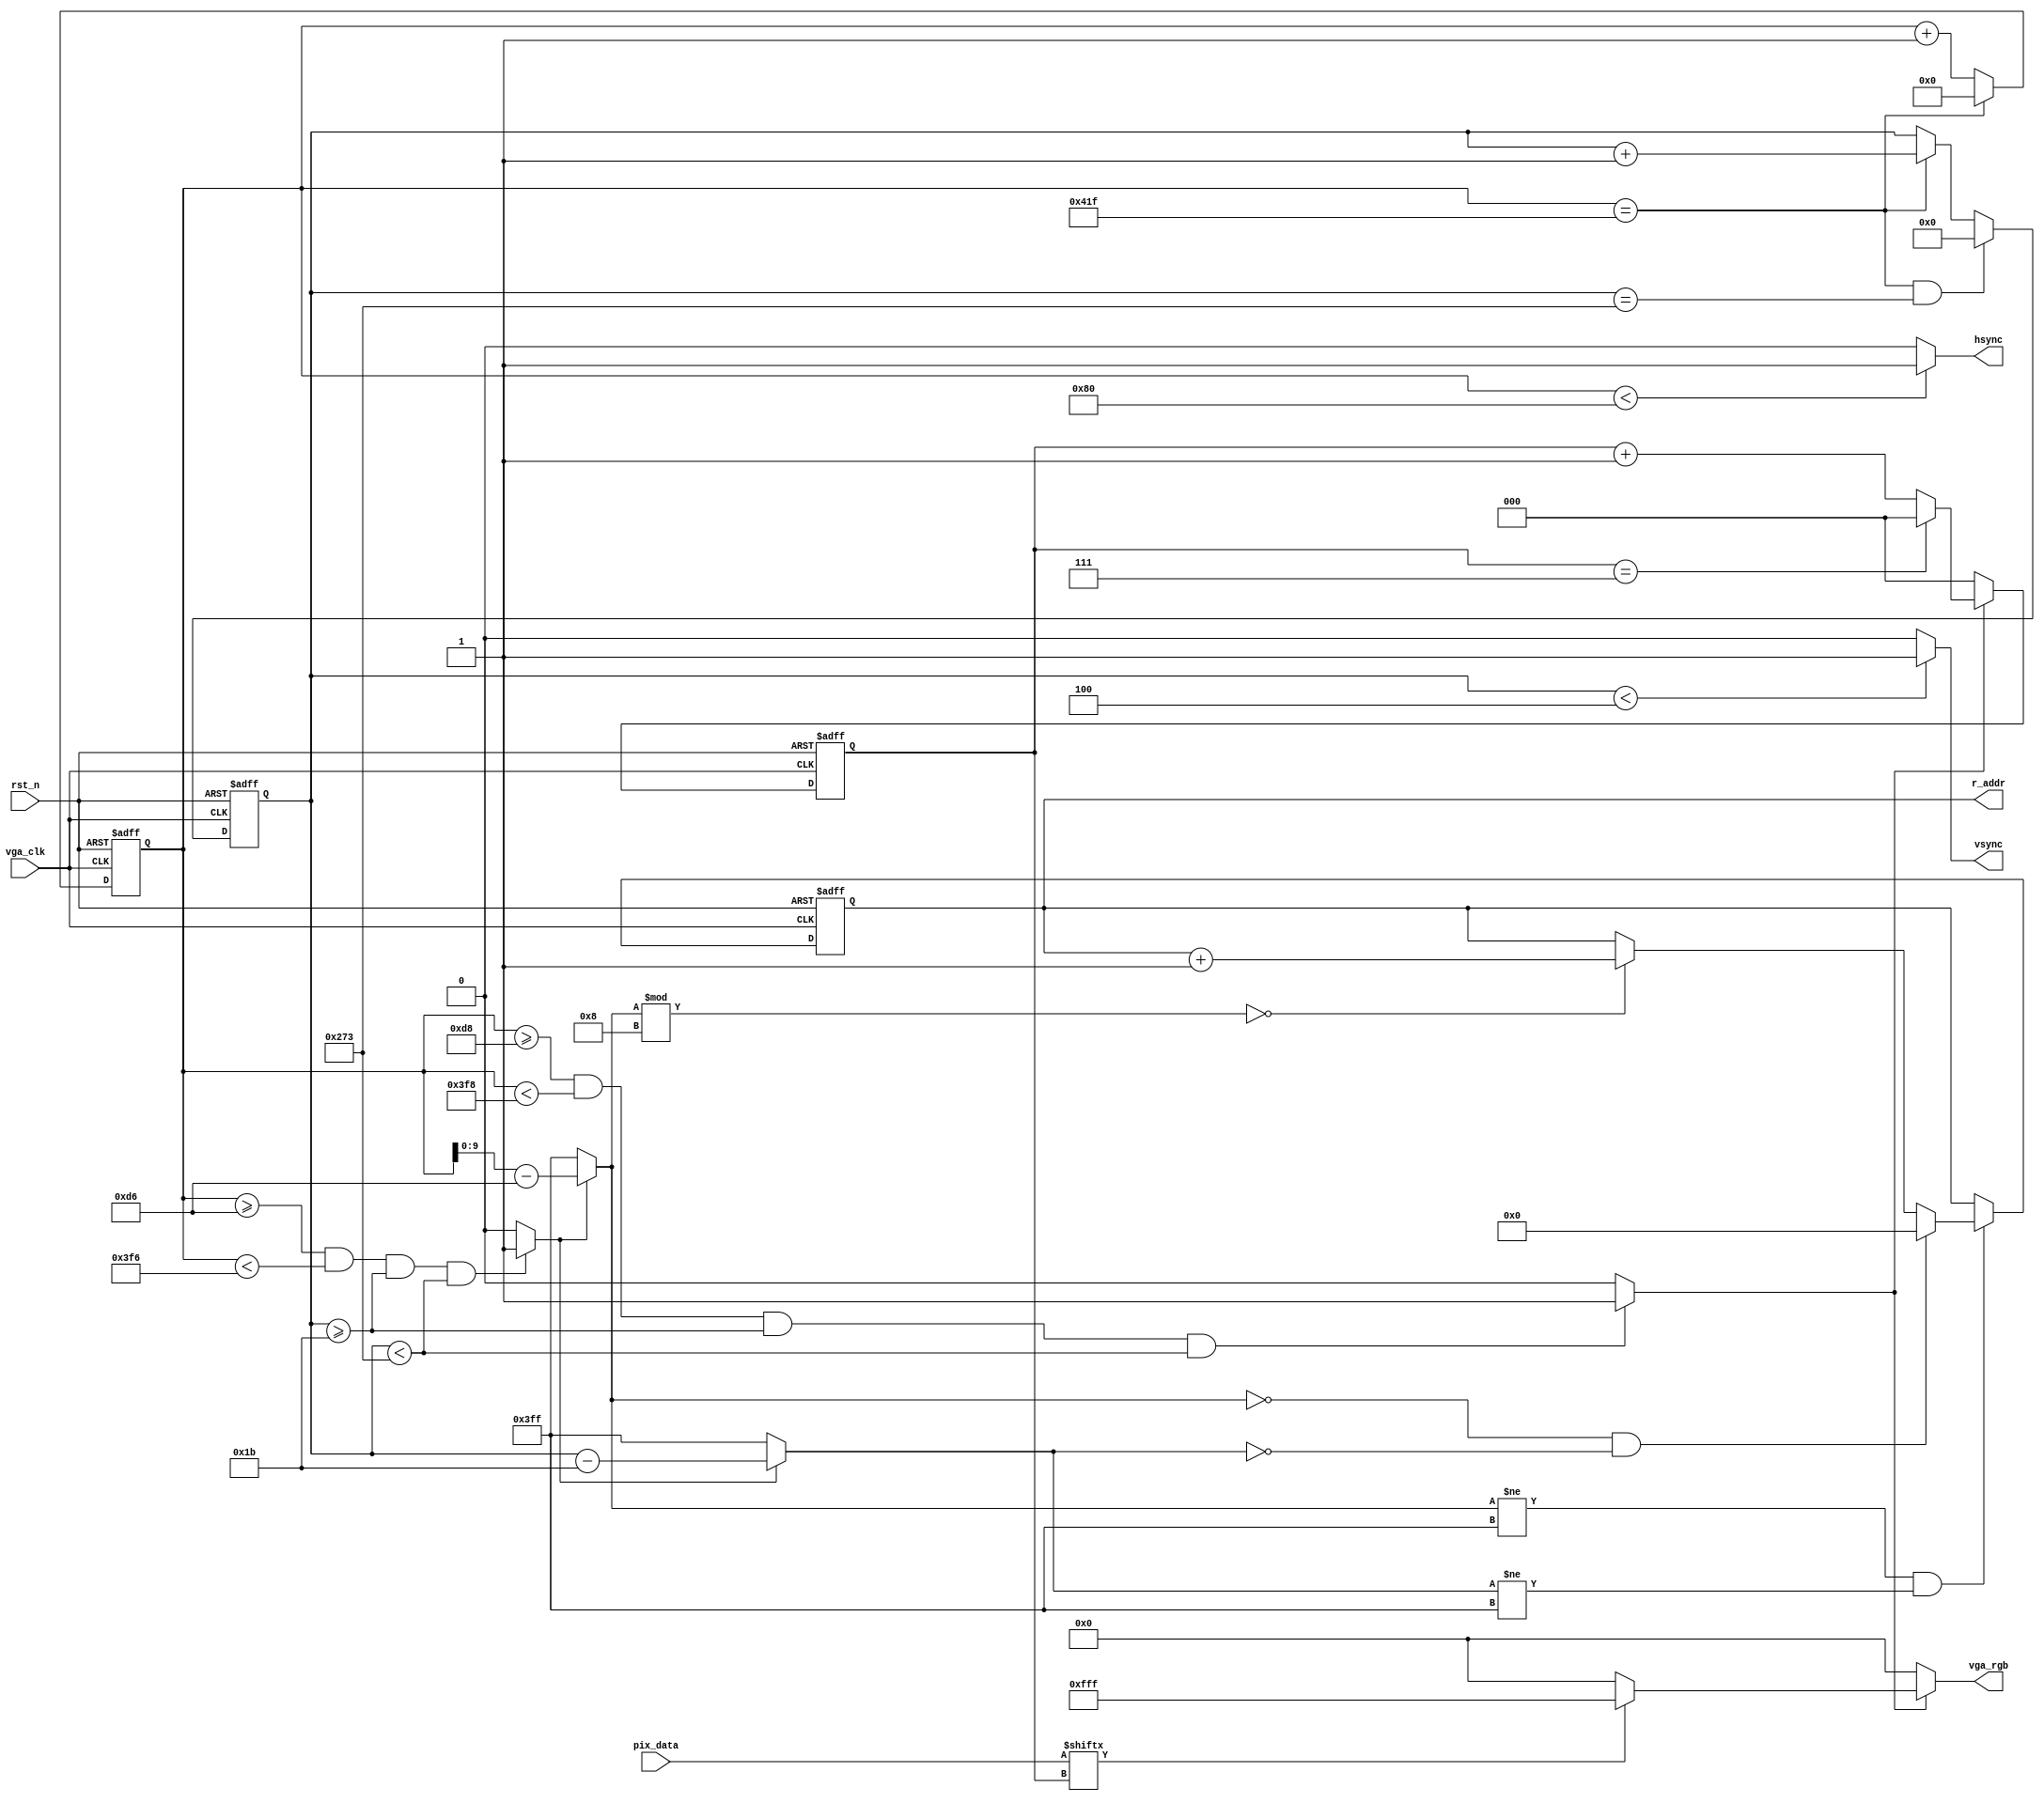
`timescale 1ns / 1ps
//////////////////////////////////////////////////////////////////////////////////
// Company: 
// Engineer: 
// 
// Design Name: 
// Module Name: vga_ctl
// Project Name: 
// Target Devices: 
// Tool Versions: 
// Description: 
// 
// Dependencies: 
// 
// Revision:
// Revision 0.01 - File Created
// Additional Comments:
// 
//////////////////////////////////////////////////////////////////////////////////

module vga_ctl(
    input vga_clk,
    input rst_n,
    input [7:0]pix_data,
    output reg [15:0]r_addr,
    output hsync,
    output vsync,
    output [11:0] vga_rgb
);

    wire rgb_valid,pix_data_req;
	wire [11:0]rgb_data;
	reg [10:0] x_cnt;
    reg [9:0] y_cnt;
    reg [2:0] pix_cnt;
    reg [7:0]pix_data_reg;
    wire [9:0]pix_x,pix_y;
    
    //-----------------------------------------------------------//
    //  1024*768 60Hz VGA
    //-----------------------------------------------------------//
    // parameter H_Total =1344; //
    // parameter H_Sync=136; // Sync a
    // parameter H_Back=160; // Back porch b
    // parameter H_Valid=1024; // Display interval c
    // parameter H_Front=24; // Front porch d

    // parameter Hde_start=296;
    // parameter Hde_end=1320;


    // //-----------------------------------------------------------//
    // //  1024*768 60Hz VGA
    // //-----------------------------------------------------------//
    // parameter V_Total =806; //
    // parameter V_Sync=6; // Sync o
    // parameter V_Back=29; // Back porch p
    // parameter V_Valid=768; // Display interval q
    // parameter V_Front=3; // Front porch r

    // parameter Vde_start=35;
    // parameter Vde_end=803;

    //-----------------------------------------------------------//
    //  800*600 VGA
    //-----------------------------------------------------------//
    parameter H_Total =1056; //
    parameter H_Sync=128; // Sync a
    parameter H_Back=88; // Back porch b
    parameter H_Valid=800; // Display interval c
    parameter H_Front=40; // Front porch d

    // -----------------------------------------------------------//
    //  800*600 VGA
    // -----------------------------------------------------------//
    parameter V_Total =628; //
    parameter V_Sync=4; // Sync o
    parameter V_Back=23; // Back porch p
    parameter V_Valid=600; // Display interval q
    parameter V_Front=1; // Front porch r


    //----------------------------------------------------------------
    ////////// 
    //----------------------------------------------------------------
    always @ (posedge vga_clk or negedge rst_n) 
        if((!rst_n)) 
            x_cnt <= 11'd0;
        else if(x_cnt == H_Total - 1'b1) 
            x_cnt <= 11'd0;
        else 
            x_cnt <= x_cnt+ 1'b1;

    //----------------------------------------------------------------
    ////////// 
    //----------------------------------------------------------------
    always @ (posedge vga_clk or negedge rst_n)
        if((!rst_n)) 
            y_cnt <= 10'd0;
        else if((x_cnt == H_Total - 1'b1) && (y_cnt == V_Total - 1'b1))
            y_cnt <= 10'd0;
        else if(x_cnt == H_Total - 1'b1)
            y_cnt <= y_cnt+1'b1;
        else 
            y_cnt <= y_cnt;

    assign hsync = (x_cnt < H_Sync) ? 1'b1 : 1'b0;
    assign vsync = (y_cnt < V_Sync) ? 1'b1 : 1'b0;

    assign rgb_valid = ((x_cnt >= H_Sync + H_Back) 
                        && (x_cnt < H_Sync + H_Back + H_Valid)
                        && (y_cnt >= V_Sync + V_Back)
                        && (y_cnt < V_Sync + V_Back + V_Valid))
                        ? 1'b1 : 1'b0;

	assign pix_data_req = ((x_cnt >= H_Sync + H_Back - 2'd2) 
                        && (x_cnt < H_Sync + H_Back + H_Valid - 2'd2)
                        && (y_cnt >= V_Sync + V_Back)
                        && (y_cnt < V_Sync + V_Back + V_Valid))
                        ? 1'b1 : 1'b0;

    assign pix_x = (pix_data_req == 1'b1) ? (x_cnt - (H_Sync + H_Back - 2)) : 10'b1111_1111_11;
    assign pix_y = (pix_data_req == 1'b1) ? (y_cnt - (V_Sync + V_Back)) : 10'b1111_1111_11;

    always @(posedge vga_clk or negedge rst_n)
        if(!rst_n) 
            pix_cnt <= 3'd0;
        else if(rgb_valid == 1'b1)
            if(pix_cnt == 3'b111) 
                pix_cnt <= 3'd0;
            else
                pix_cnt <= pix_cnt + 1'b1;
        else
            pix_cnt <= 3'd0;
    
    always @(posedge vga_clk or negedge rst_n)
        if(!rst_n)
            r_addr <= 16'd0;
        else if(pix_x != 10'h3ff && pix_y != 10'h3ff)
            if(pix_x == 10'd0 && pix_y == 10'd0)
                r_addr <= 16'd0;
            else if(pix_x % 8 == 0)
                r_addr <= r_addr + 1'b1;
    
    assign rgb_data = (pix_data[pix_cnt] == 1'b1) ? 12'b1111_1111_1111 : 12'd0;
	 
    assign vga_rgb = (rgb_valid == 1'b1) ? (rgb_data) : 12'd0;

endmodule